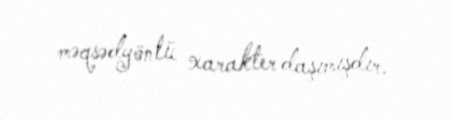
məqsədyönlü xarakter daşımışdır.